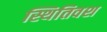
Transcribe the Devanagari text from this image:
स्थितिवश